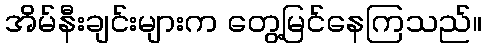
အိမ်နီးချင်းများက တွေ့မြင်နေကြသည်။